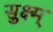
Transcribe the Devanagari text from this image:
सुक्ष्म्